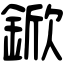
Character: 鍁